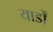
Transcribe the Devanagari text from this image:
यार्डों